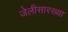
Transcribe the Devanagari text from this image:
जेलीसारख्या